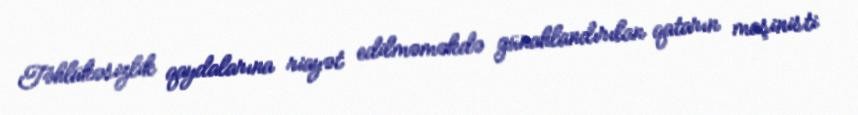
Təhlükəsizlik qaydalarına riayət edilməməkdə günahlandırılan qatarın maşinisti